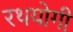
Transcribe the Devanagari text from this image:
रथयोगी